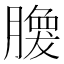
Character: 𰯘